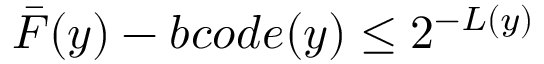
{ \bar { F } } ( y ) - b c o d e ( y ) \leq 2 ^ { - L ( y ) }